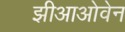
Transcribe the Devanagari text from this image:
झीआओवेन